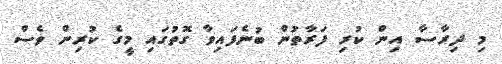
މި ދިރާސާ އިން ކުރި ފަރާތުން ބުނެފައިވާ ގޮތުގައި މީގެ ކުރިން ވެސް